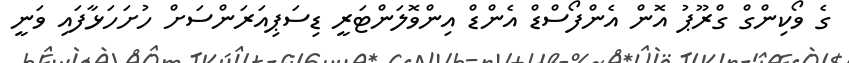
ގެ ވޯކިންގް ގްރޫޕު އޮން އެންފޯސްޑް އެންޑް އިންވޮލަންޓަރީ ޑިސަޕިއަރަންސަށް ހުށަހަޅާފައި ވަނީ